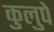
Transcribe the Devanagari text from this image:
कुलुपे